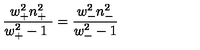
\frac { w _ { + } ^ { 2 } n _ { + } ^ { 2 } } { w _ { + } ^ { 2 } - 1 \ } = \frac { w _ { - } ^ { 2 } n _ { - } ^ { 2 } } { w _ { - } ^ { 2 } - 1 }